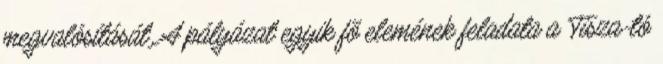
megvalósítását. A pályázat egyik fõ elemének feladata a Tisza-tó